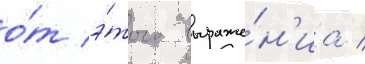
о́т э́того выраже́н'иа /